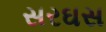
સરઘસ